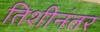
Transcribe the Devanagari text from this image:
तिशीनंतर